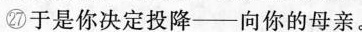
㉗于是你决定投降——向你的母亲。